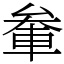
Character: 軬